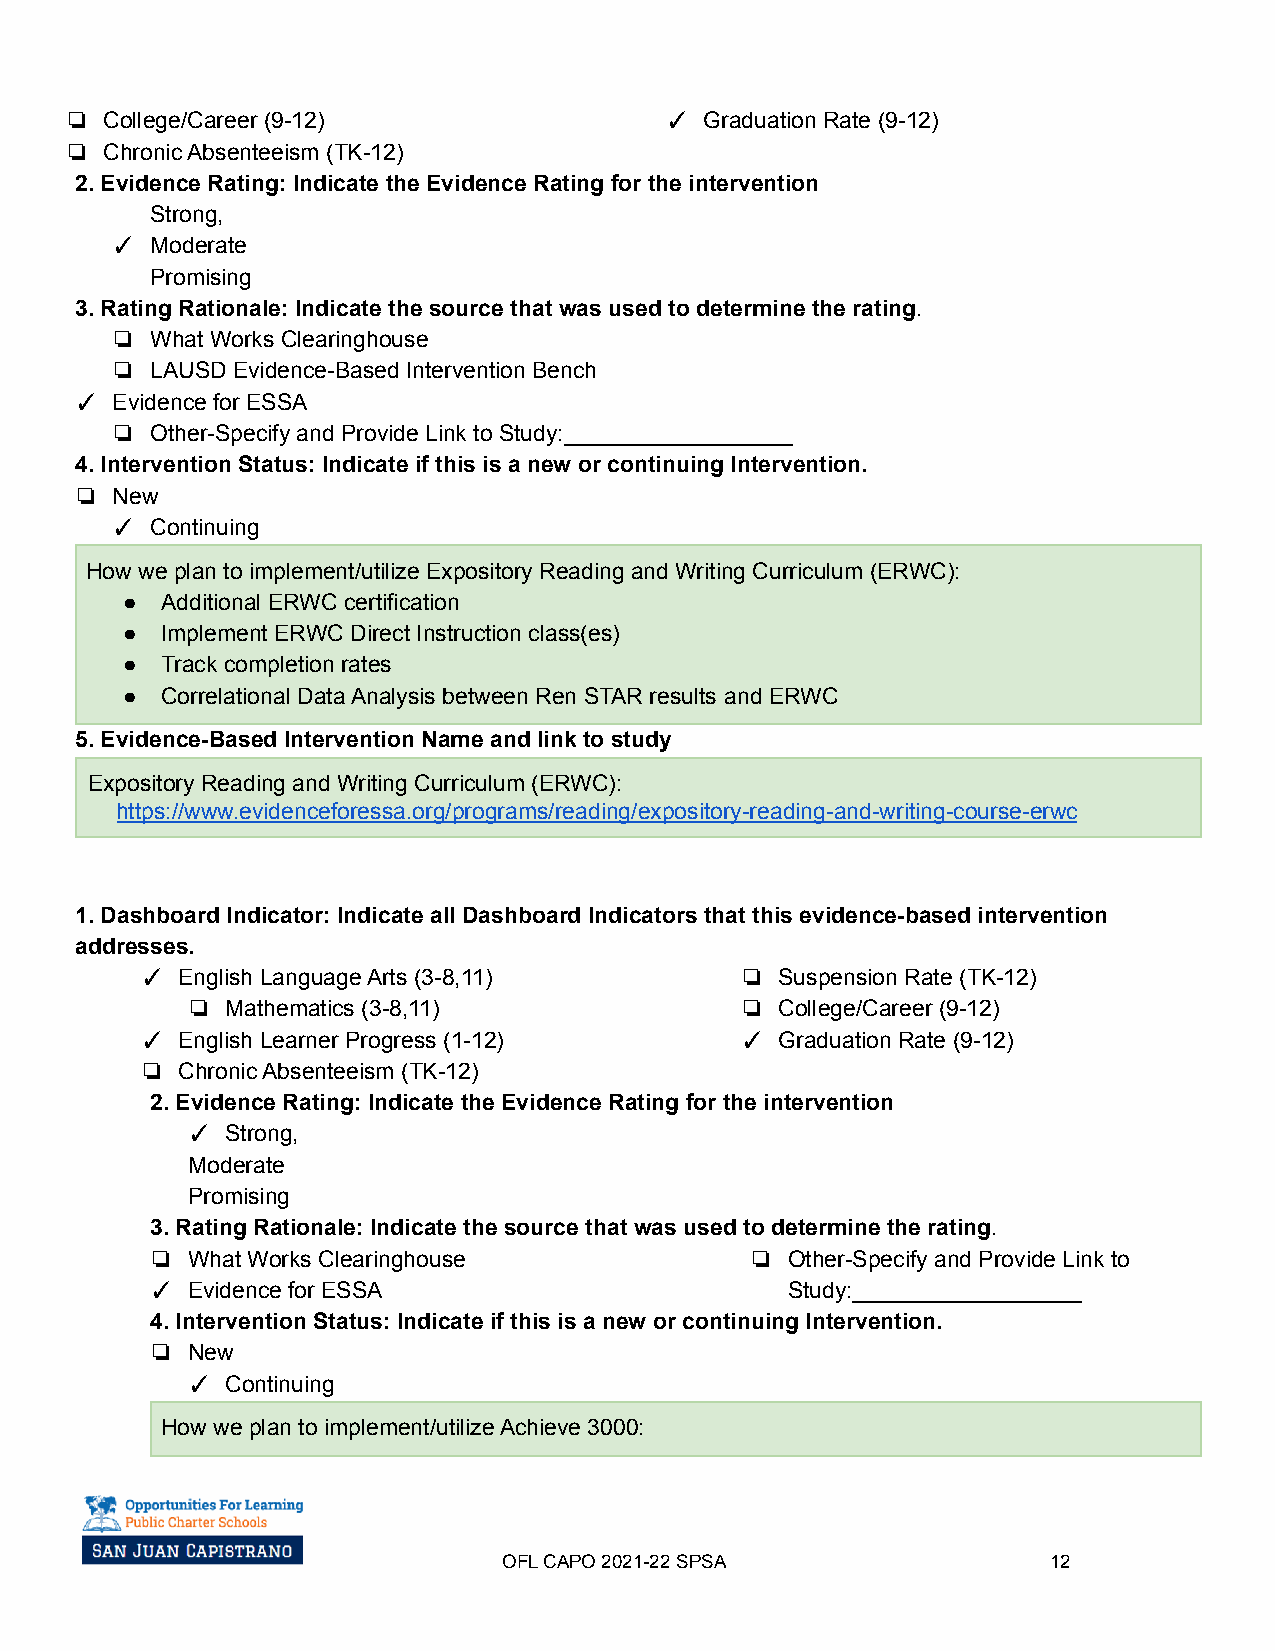
❏  College/Career (9-12)                ✓  Graduation Rate (9-12)
 ❏  Chronic Absenteeism (TK-12)
 2. Evidence Rating: Indicate the Evidence Rating for the intervention
 Strong,
 ✓  Moderate
 Promising
 3. Rating Rationale: Indicate the source that was used to determine the rating.
 ❏  What Works Clearinghouse
 ❏  LAUSD Evidence-Based Intervention Bench
 ✓ Evidence for ESSA
 ❏  Other-Specify and Provide Link to Study:__________________
 4. Intervention Status: Indicate if this is a new or continuing Intervention.
 ❏ New
 ✓  Continuing
 How we plan to implement/utilize Expository Reading and Writing Curriculum (ERWC):
 ●  Additional ERWC certification
 ●  Implement ERWC Direct Instruction class(es)
 ●  Track completion rates
 ●  Correlational Data Analysis between Ren STAR results and ERWC
 5. Evidence-Based Intervention Name and link to study
 Expository Reading and Writing Curriculum (ERWC):
 https://www.evidenceforessa.org/programs/reading/expository-reading-and-writing-course-erwc
 1. Dashboard Indicator: Indicate all Dashboard Indicators that this evidence-based intervention
 addresses.
 ✓  English Language Arts (3-8,11)       ❏  Suspension Rate (TK-12)
 ❏  Mathematics (3-8,11)              ❏  College/Career (9-12)
 ✓  English Learner Progress (1-12)      ✓  Graduation Rate (9-12)
 ❏  Chronic Absenteeism (TK-12)
 2. Evidence Rating: Indicate the Evidence Rating for the intervention
 ✓  Strong,
 Moderate
 Promising
 3. Rating Rationale: Indicate the source that was used to determine the rating.
 ❏ What Works Clearinghouse              ❏ Other-Specify and Provide Link to
 ✓ Evidence for ESSA                       Study:__________________
 4. Intervention Status: Indicate if this is a new or continuing Intervention.
 ❏ New
 ✓  Continuing
 How we plan to implement/utilize Achieve 3000:
 OFL CAPO 2021-22SPSA                 12